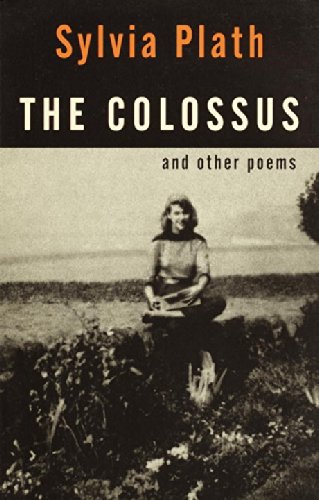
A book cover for The Colossus and Other Poems; Sylvia Plath; Literature & Fiction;